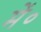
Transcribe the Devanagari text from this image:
में०